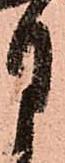
月